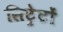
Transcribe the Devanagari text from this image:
सिट्रेटों